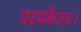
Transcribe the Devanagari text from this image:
परमकैतवः।